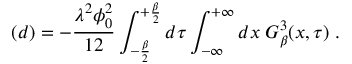
( d ) = - \frac { \lambda ^ { 2 } \phi _ { 0 } ^ { 2 } } { 1 2 } \int _ { - \frac { \beta } { 2 } } ^ { + \frac { \beta } { 2 } } d \tau \int _ { - \infty } ^ { + \infty } d x \; G _ { \beta } ^ { 3 } ( x , \tau ) \; .